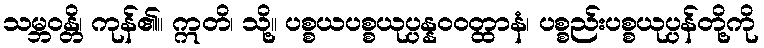
သမ္ဘဝန္တိ၊ ကုန်၏။ ဣတိ၊ သို့။ ပစ္စယပစ္စယုပ္ပန္နဝဝတ္ထာနံ၊ ပစ္စည်းပစ္စယုပ္ပန်တို့ကို